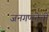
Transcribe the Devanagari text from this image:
जनगणनेची